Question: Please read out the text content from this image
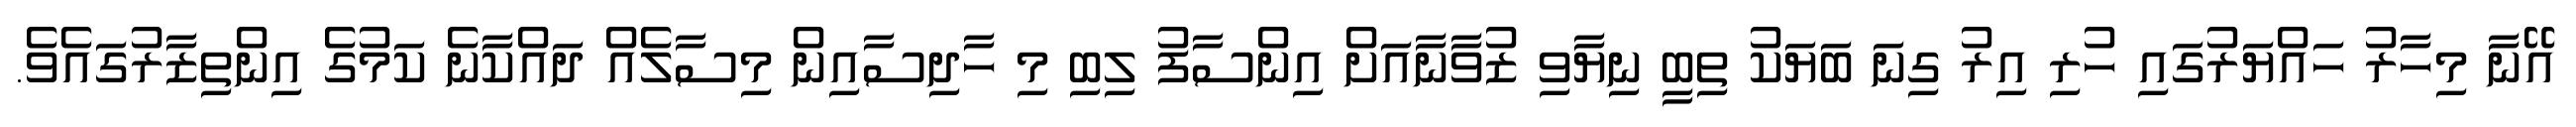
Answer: އޭނާ މިހާރު ހައްޔަރުގައި ހުރި އިރު ގިނަ ބަޔަކު ތިބީ ނިޔާވި ޒުވާނާއަށް އިންސާފު ލިބި މި ހާދިސާއިން މިސާލެއް ދައްކާނެ ކަމުގެ އިންތިޒާރުގައެވެ.